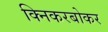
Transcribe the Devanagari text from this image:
क्निकरबोकर